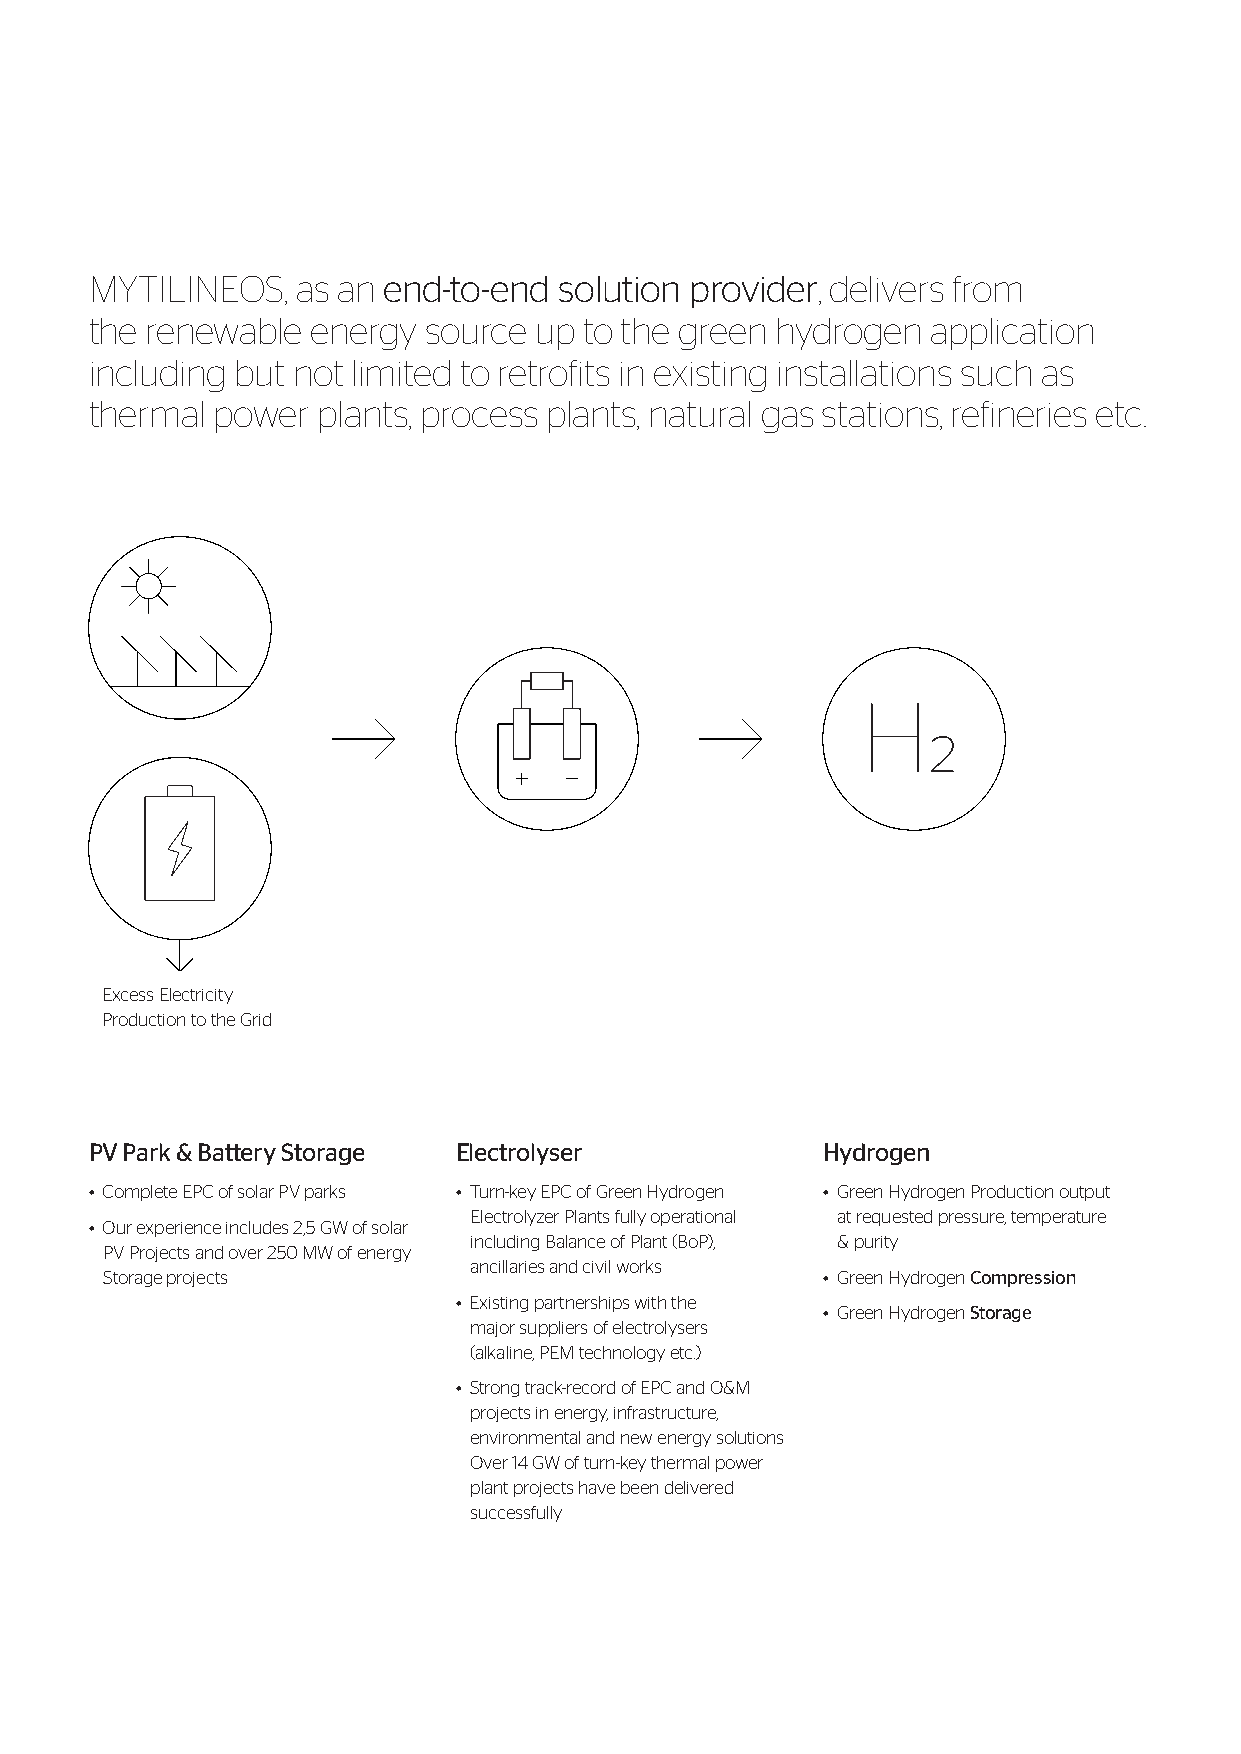
MYTILINEOS,   as an end-to-end solution provider, delivers from
 the renewable  energy source up  to the green hydrogen  application
 including but not limited to retrofits in existing installations such as
 thermal power  plants, process plants, natural gas stations, refineries etc.
 H2
 Excess Electricity
 Production to the Grid
 PV Park & Battery Storage Electrolyser          Hydrogen
 • Complete EPC of solar PV parks • Turn-key EPC of Green Hydrogen • Green Hydrogen Production output
 Electrolyzer Plants fully operational at requested pressure, temperature
 • Our experience includes 2,5 GW of solar
 including Balance of Plant (BoP), & purity
 PV Projects and over 250 MW of energy
 ancillaries and civil works
 Storage projects                               • Green Hydrogen Compression
 • Existing partnerships with the
 • Green Hydrogen Storage
 major suppliers of electrolysers
 (alkaline, PEM technology etc.)
 • Strong track-record of EPC and O&M
 projects in energy, infrastructure,
 environmental and new energy solutions
 Over 14 GW of turn-key thermal power
 plant projects have been delivered
 successfully